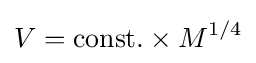
V={\rm {const.}}\times M^{1/4}